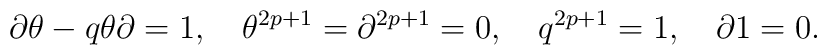
\partial \theta-q \theta\partial =1,\quad\theta^{2p+1}=\partial^{2p+1}=0,\quad q^{2p+1}=1,\quad\partial 1=0.